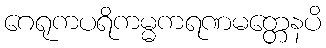
ဂေရုကပရိကမ္မကရဏမတ္တေနပိ